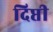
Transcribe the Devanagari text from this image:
दिप्ती